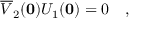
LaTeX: \overline { { { \cal V } } } _ { 2 } ( { \bf 0 } ) { \cal U } _ { 1 } ( { \bf 0 } ) = 0 \quad ,